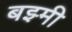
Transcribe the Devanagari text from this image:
बझ्मी